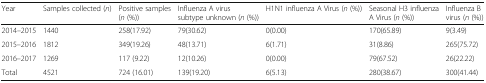
<table><thead><tr><td><b>Year</b></td><td><b>Samples collected (<i>n</i>)</b></td><td><b>Positive samples (<i>n</i> (%))</b></td><td><b>Influenza A virus subtype unknown (<i>n</i> (%))</b></td><td><b>H1N1 influenza A Virus (<i>n</i> (%))</b></td><td><b>Seasonal H3 influenza A Virus (<i>n</i> (%))</b></td><td><b>Influenza B virus (<i>n</i> (%))</b></td></tr></thead><tbody><tr><td>2014–2015</td><td>1440</td><td>258(17.92)</td><td>79(30.62)</td><td>0(0.00)</td><td>170(65.89)</td><td>9(3.49)</td></tr><tr><td>2015–2016</td><td>1812</td><td>349(19.26)</td><td>48(13.71)</td><td>6(1.71)</td><td>31(8.86)</td><td>265(75.72)</td></tr><tr><td>2016–2017</td><td>1269</td><td>117 (9.22)</td><td>12(10.26)</td><td>0(0.00)</td><td>79(67.52)</td><td>26(22.22)</td></tr><tr><td>Total</td><td>4521</td><td>724 (16.01)</td><td>139(19.20)</td><td>6(5.13)</td><td>280(38.67)</td><td>300(41.44)</td></tr></tbody></table>